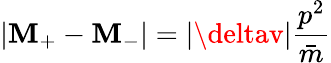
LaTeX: |\mathbf{M}_{+}-\mathbf{M}_{-}|=|\deltav|{\frac{{p^{2}}}{{\bar{{m}}}}}